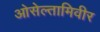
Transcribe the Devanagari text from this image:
ओसेल्तामिवीर